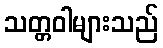
သတ္တဝါများသည်